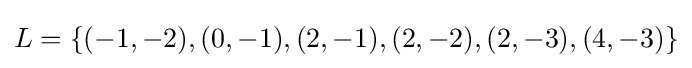
L=\lbrace (-1,-2),(0,-1),(2,-1),(2,-2),(2,-3),(4,-3)\rbrace